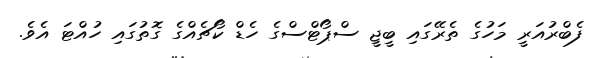
ފެބްރުއަރީ މަހުގެ ތެރޭގައި ބީޖީ ސްޕޯޓްސްގެ ހެޑް ކޯޗެއްގެ ގޮތުގައި ހުއްޓަ އެވެ.